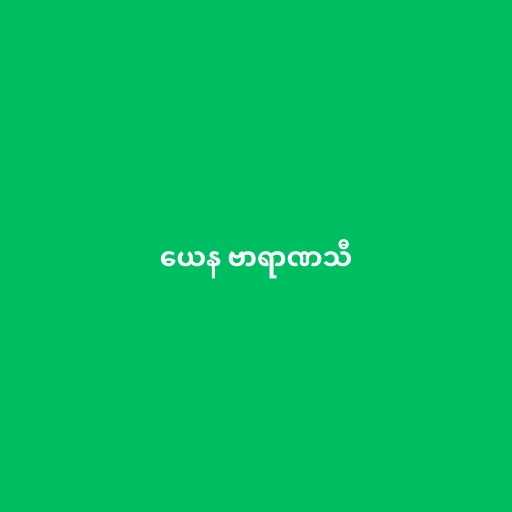
ယေန ဗာရာဏသီ